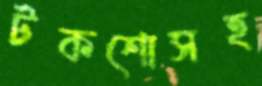
টকশোসহ